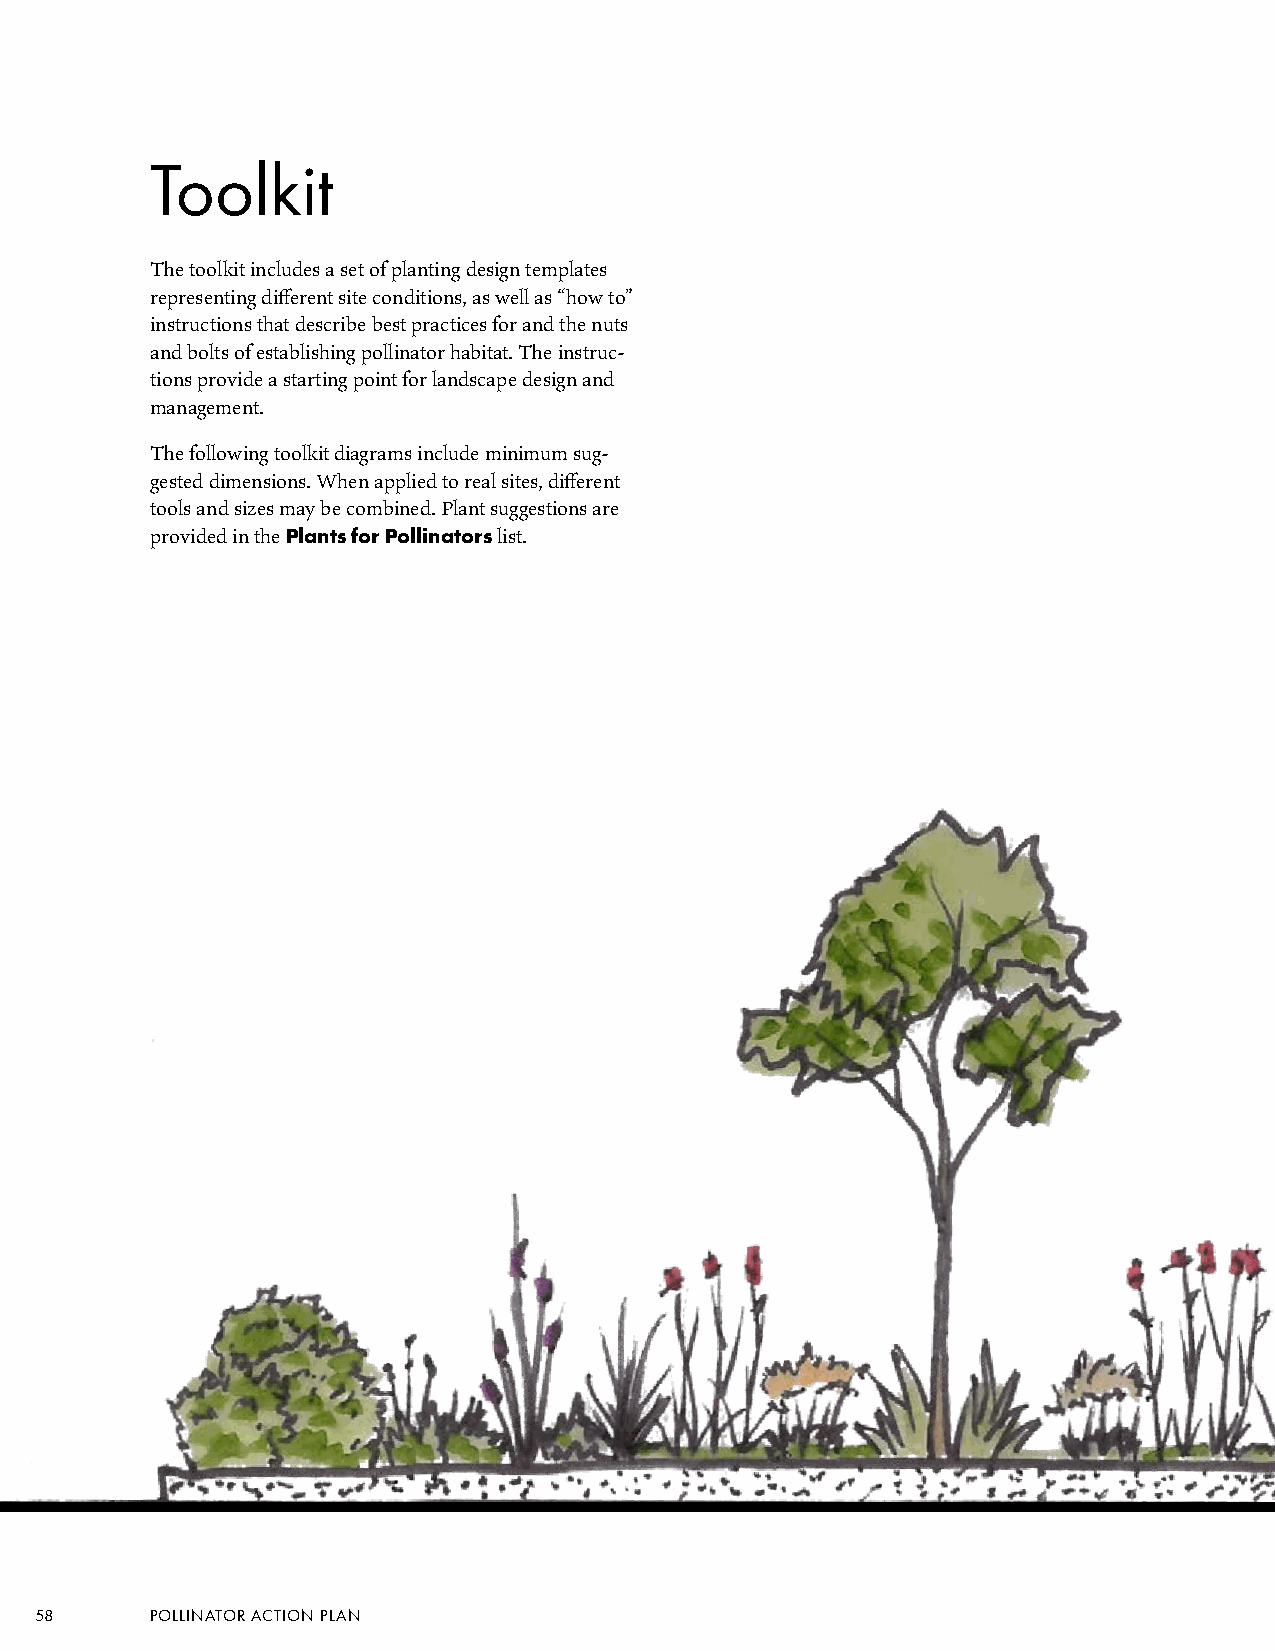
Toolkit
 The toolkit includes a set of planting design templates
 representing different site conditions, as well as “how to”
 instructions that describe best practices for and the nuts
 and bolts of establishing pollinator habitat. The instruc-
 tions provide a starting point for landscape design and
 management.
 The following toolkit diagrams include minimum sug-
 gested dimensions. When applied to real sites, different
 tools and sizes may be combined. Plant suggestions are
 provided in the Plants for Pollinators list.
 58      POLLINATOR ACTION PLAN